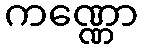
ကဏ္ဏော